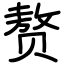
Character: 赘